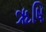
ૠષિ